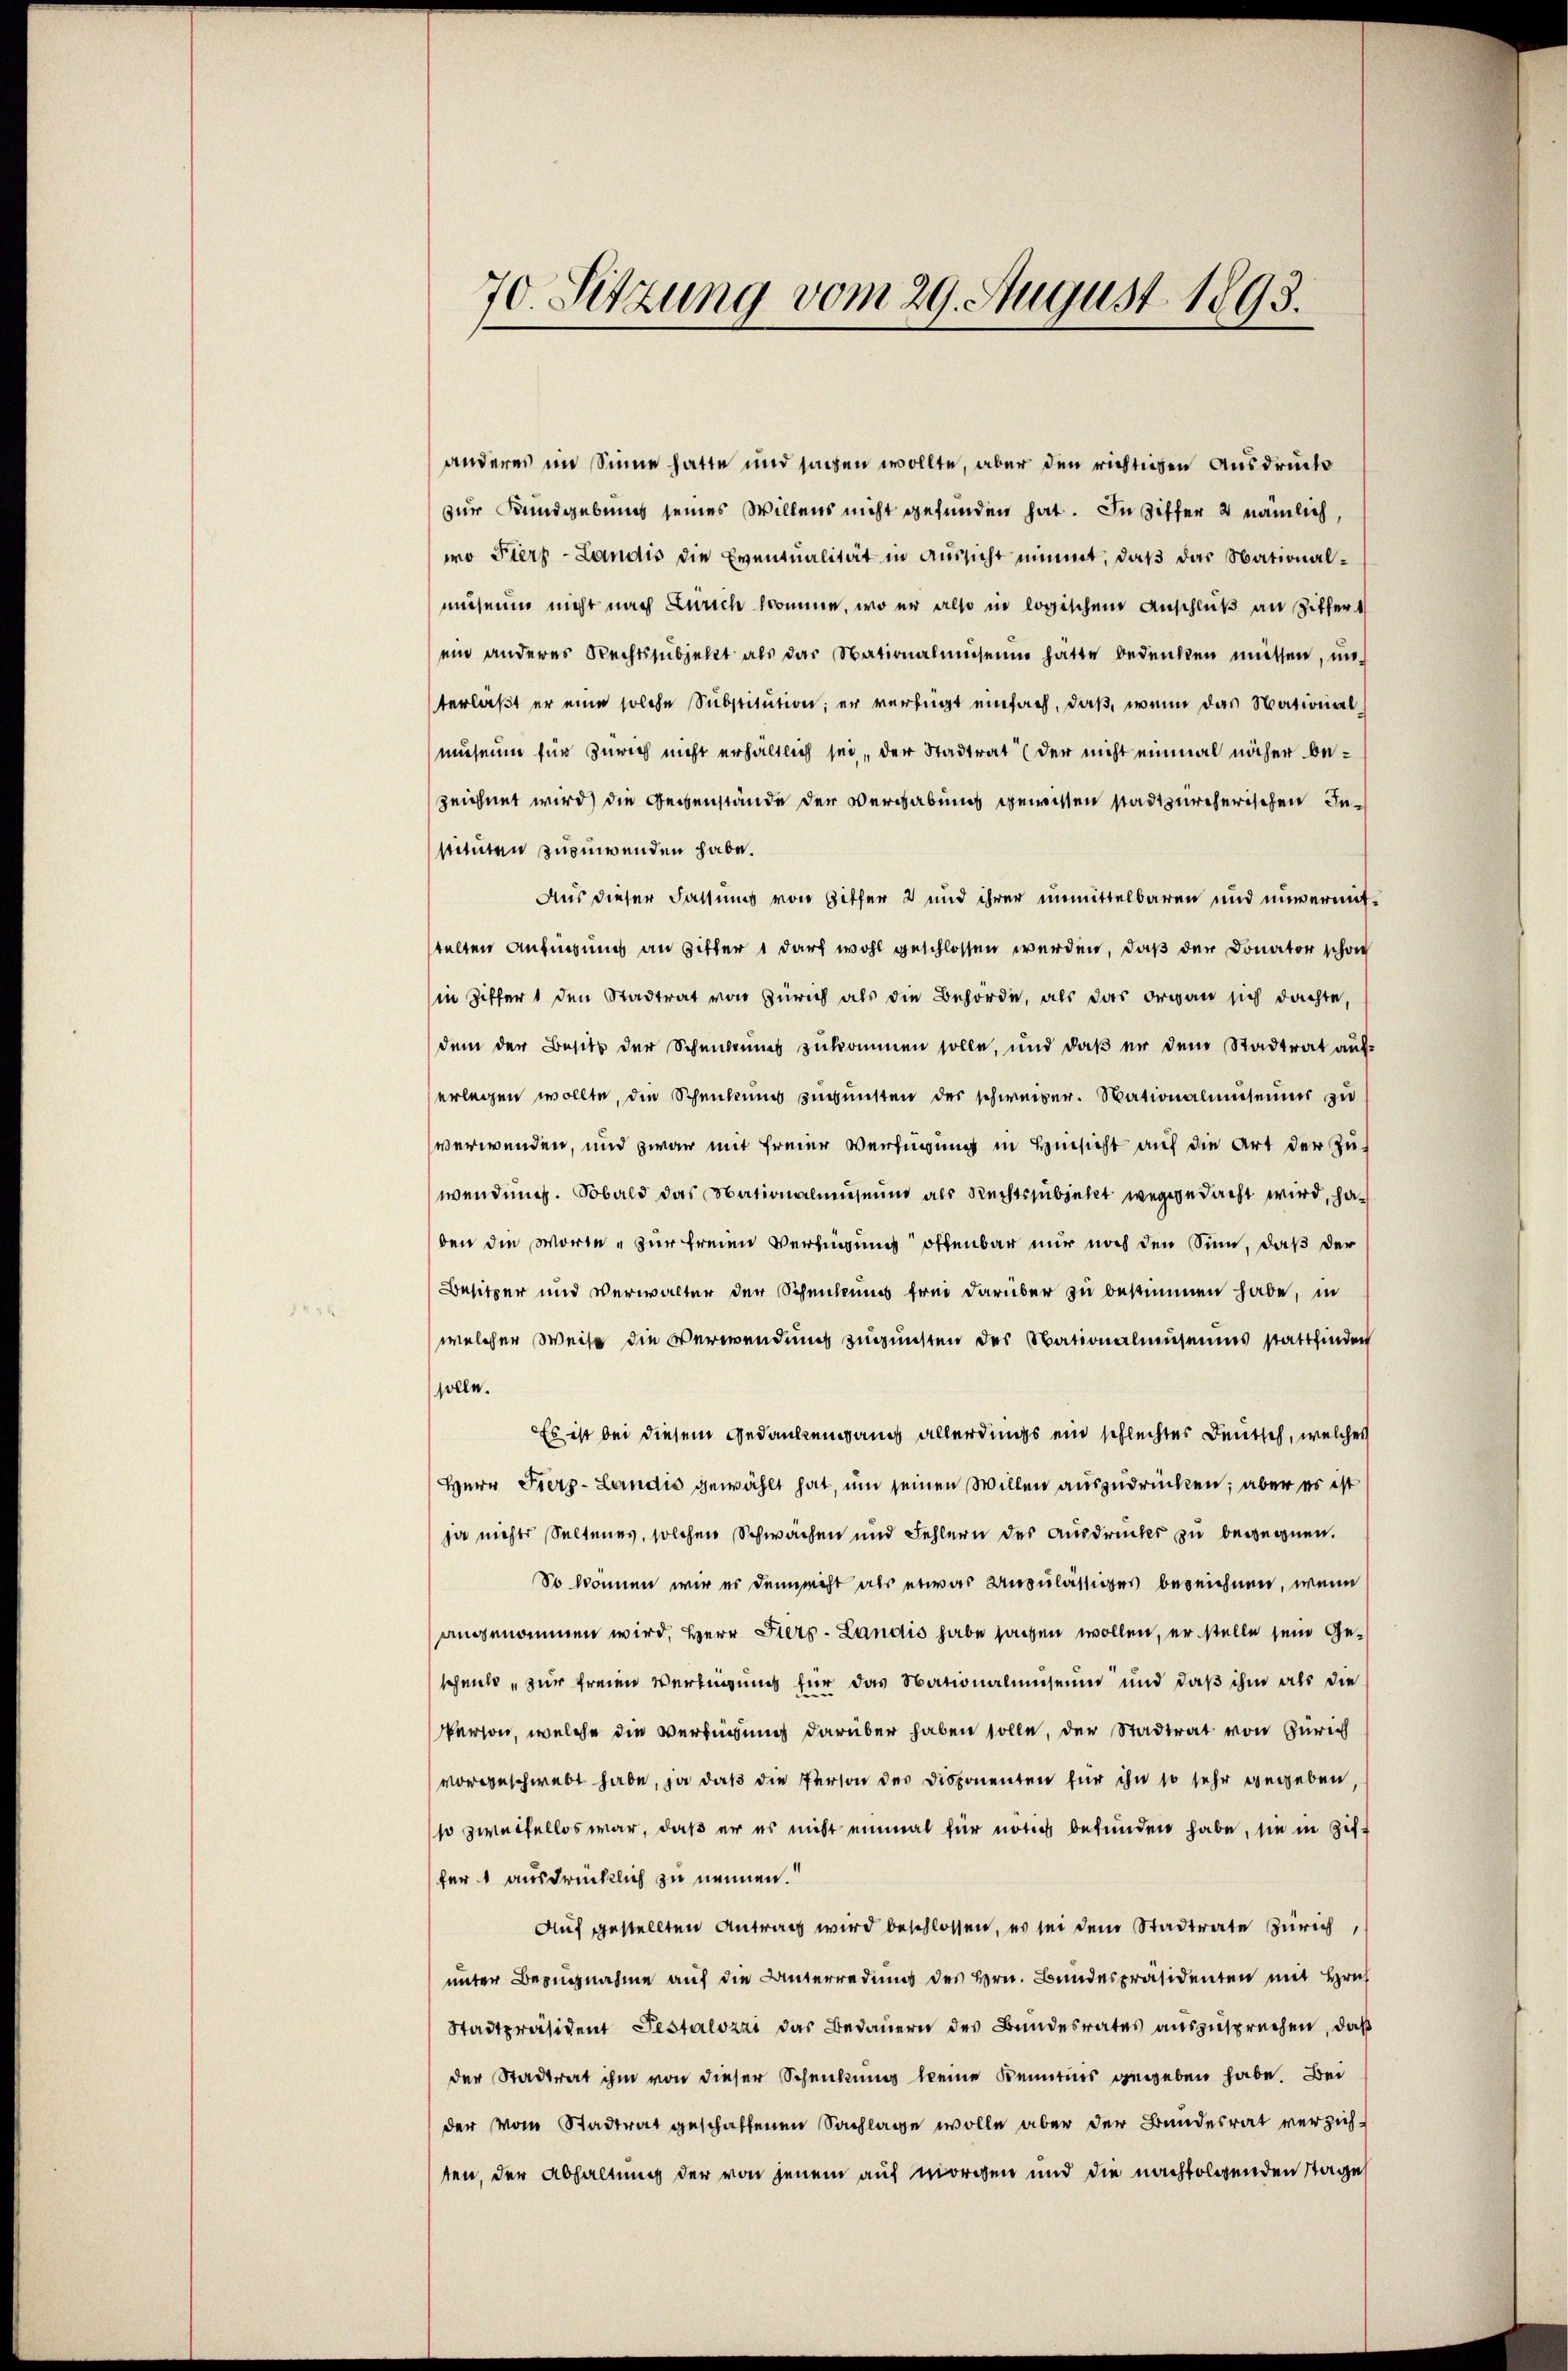
70. Sitzung vom 29. August 1893.

anderes im Sinne hatte und sagen wollte, aber den richtigen Ausdruck
zur Kundgebung seines Willens nicht gefunden hat. In Ziffer 2 nämlich,
wo Fierz-Landis die Eventualität in Aussicht nimmt, daß das Nationalmuseum nicht nach Zürich komme, wo er also in logischen Anschluß an Ziffers
ein anderes Rechtssubjekt als das Nationalmuseum hatte bedenken müssen, un
terläßt er eine solche Substitution; er verfügt einfach, daß, wenn das Nationalmuseum für Zürich nicht erhältlich sei, der Stadtrat (der nicht einmal näher bezeichnet wird) die Gegenstände der Vergabung gewissen stadtzürcherischen Instituten zuzuwenden habe.
Aus dieser Fassung von Gitter 2 und ihrer unmittelbaren und unvermitstellen Anfügung an Zitter 1 darf wohl geschlossen werden, daß der Donator schon
in Ziffer 1 den Stadtrat von Zürich als die Behörde, als das organ sich dachte,
dem der Besitz der Schenbannes zukommen solle, und daß er dem Stadtrat auf
erlegen wollte, die Schenkung zugunsten der schweizer. Nationalmuseum zu
verwenden, und zwar mit freier Verfügung in Hinsicht auf die Art der Zus
wendung. Sobald das Nationalmuseum als Rechtssubjekt weggedacht wird, haben die Worte „zur freien Verfügung offenbar nur noch den Sinn, daß der
Besitzer und Verwalter der Schenleines frei darüber zu bestimmen habe, in
welcher Weise die Verwendung zugunsten des Nationalmuseums stattfinden
solle.
Es ist bei diesem Gedankengang allerdings ein schlechtes Deutsch, welches
Herr Fierz- Landis gewählt hat, um seinen Willen auszudrücken; aber es ist
ja nichts Seltenes, solchen Schwachen und Fehlern des Ausdrucker zu bewegnen.
So können wir es den nicht als etwas anzulässiges bezeichnen, wenn
angenommen wird, Herr Fierz- Landis habe sachen wollen, er stelle sein Geschenkt, zur freien Vertigung für das Nationalmuseum und daß ihm als die
Person, welche die Verfügung darüber haben solle, der Stadtrat von Zürich
vorgeschwebt habe, ja daß die Person des Disponenten für ihn so sehr gegeben.
so zweifellos war, daß er es nicht einmal für nötig befunden habe, sie in Zif.
fer ausdrücklich zu nennen.
Auf gestellten Antrag wird beschlossen, es sei dem Stadtrate Zürich,
unter Bezugnahme auf die Unterredung des Hrn. Bundespräsidenten mit Hrn.
Stadtpräsident Pestalozzi das Bedauern des Bundesrates auszusprechen, daß
der Stadtrat ihm von dieser Schenkung keine Kenntnis gegeben habe. Bei
der vom Stadtrat geschaffenen Sachlage wolle aber der Bundesrat verzieh-
ten, der Abhaltung der von jenem auf morgen und die nachfolgenden Stage